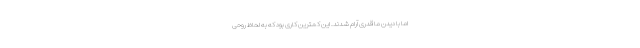
اما با دیدن ما قدری آرام شدند. این کمترین کاری بود که به لحاظ روحی